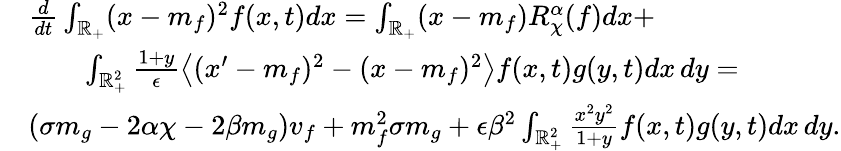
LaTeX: \begin{array}{rl}&{\frac{d}{dt}\int_{\mathbb R_{+}}(x-m_{f})^{2}f(x,t)dx=\int_{\mathbb R_{+}}(x-m_{f})R_{\chi}^{\alpha}(f)dx+}\\ &{\qquad\int_{\mathbb R_{+}^{2}}\frac{1+y}{\epsilon}\left\langle(x^{\prime}-m_{f})^{2}-(x-m_{f})^{2}\right\rangle f(x,t)g(y,t)dx\, dy=}\\ &{(\sigma m_{g}-2\alpha\chi-2\beta m_{g})v_{f}+m_{f}^{2}\sigma m_{g}+\epsilon\beta^{2}\int_{\mathbb R_{+}^{2}}\frac{x^{2}y^{2}}{1+y}f(x,t)g(y,t)dx\, dy.}\end{array}